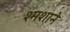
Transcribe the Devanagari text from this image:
श्मशाने